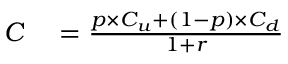
\begin{array} { r l } { C } & { { } = { \frac { p \times C _ { u } + ( 1 - p ) \times C _ { d } } { 1 + r } } } \end{array}